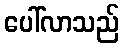
ပေါ်လာသည်